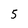
Character: 5